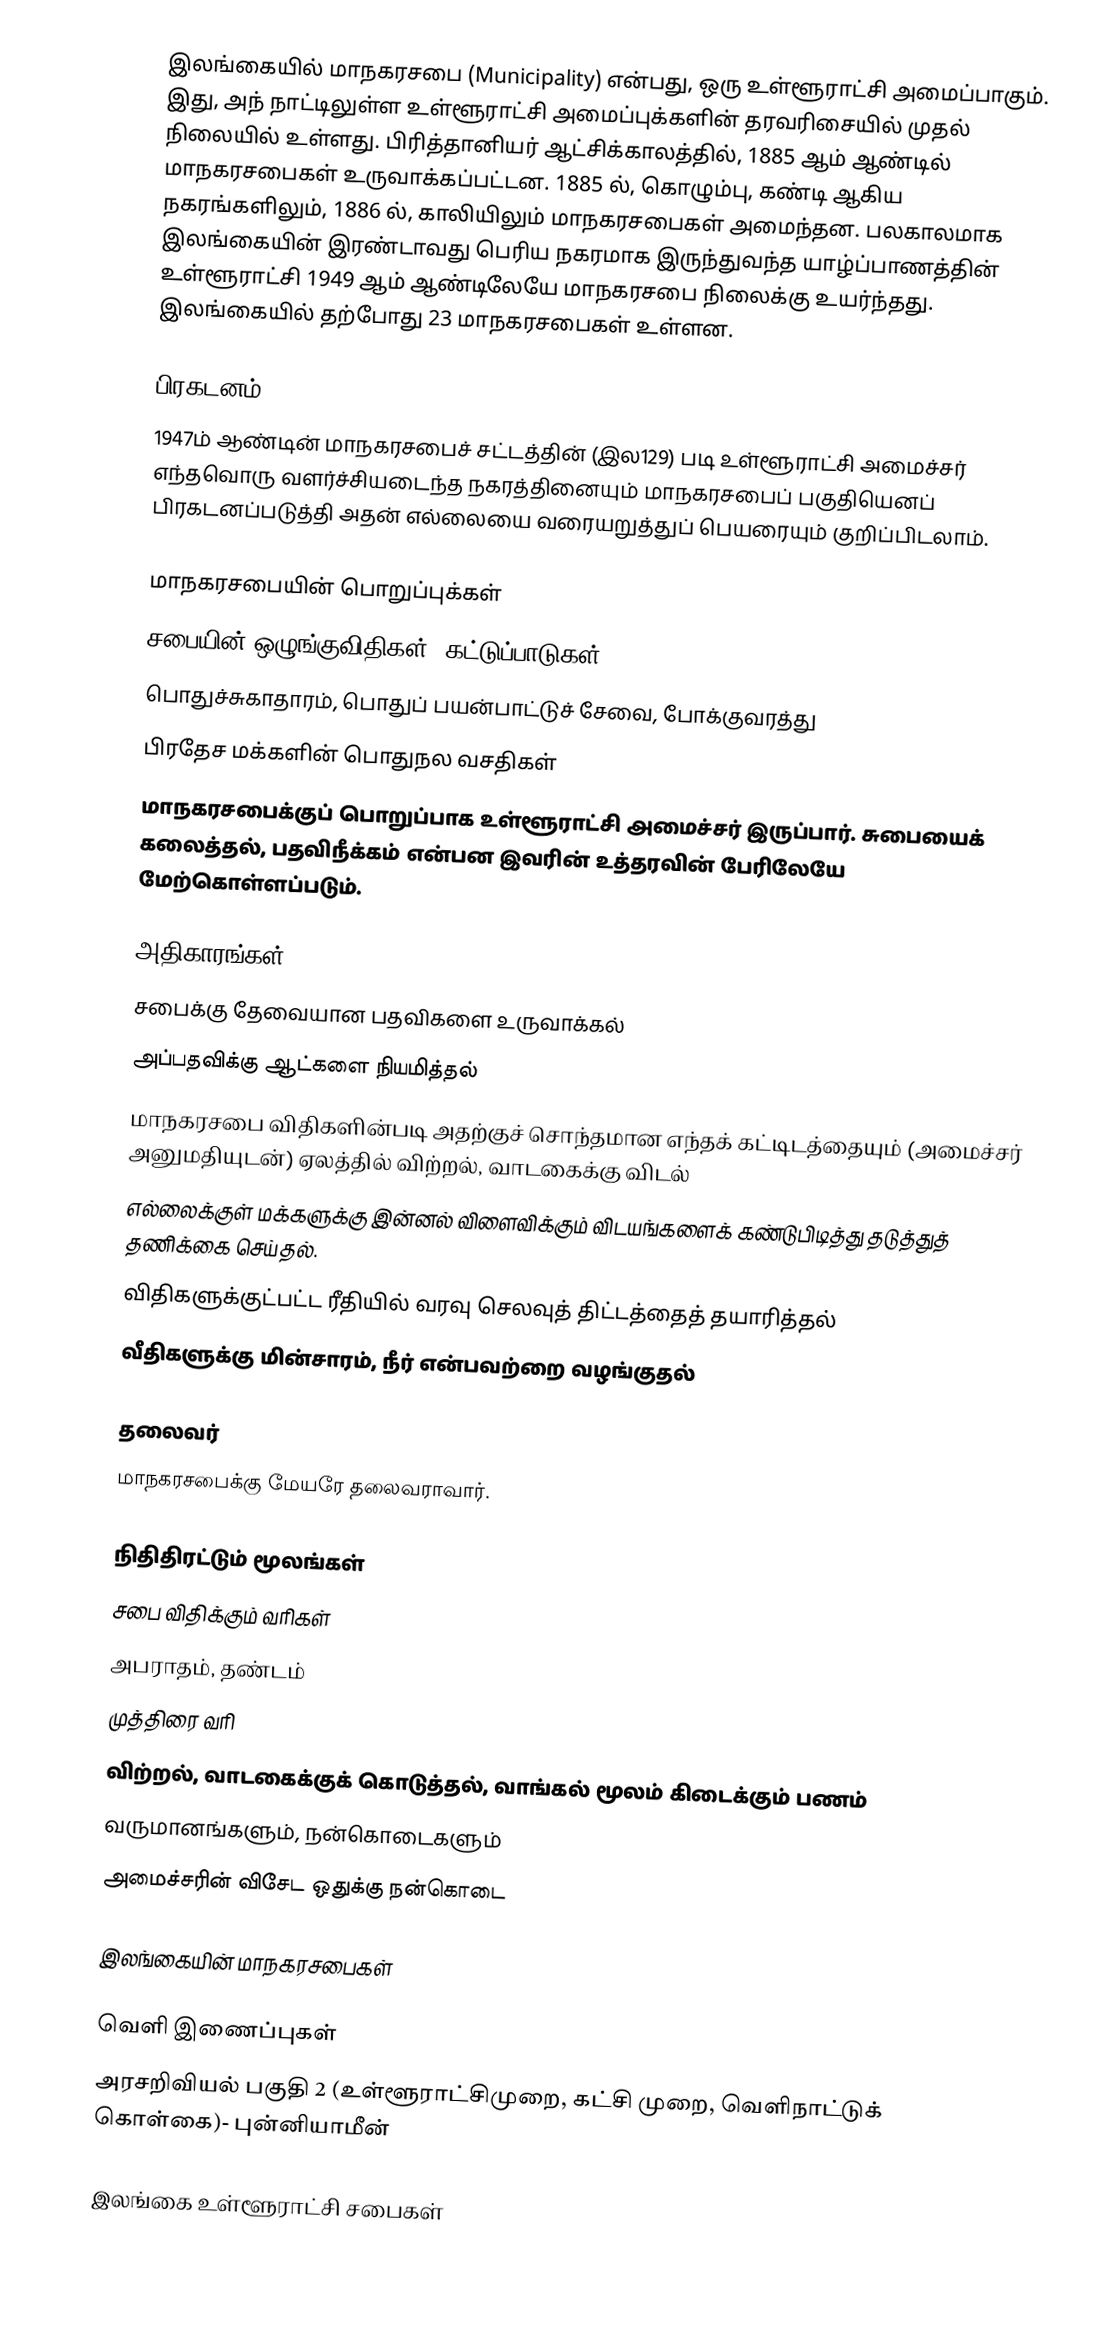
இலங்கையில் மாநகரசபை (Municipality) என்பது, ஒரு உள்ளூராட்சி அமைப்பாகும். இது, அந் நாட்டிலுள்ள உள்ளூராட்சி அமைப்புக்களின் தரவரிசையில் முதல் நிலையில் உள்ளது. பிரித்தானியர் ஆட்சிக்காலத்தில், 1885 ஆம் ஆண்டில் மாநகரசபைகள் உருவாக்கப்பட்டன. 1885 ல், கொழும்பு, கண்டி ஆகிய நகரங்களிலும், 1886 ல், காலியிலும் மாநகரசபைகள் அமைந்தன. பலகாலமாக இலங்கையின் இரண்டாவது பெரிய நகரமாக இருந்துவந்த யாழ்ப்பாணத்தின் உள்ளூராட்சி 1949 ஆம் ஆண்டிலேயே மாநகரசபை நிலைக்கு உயர்ந்தது. இலங்கையில் தற்போது 23 மாநகரசபைகள் உள்ளன.

பிரகடனம்
1947ம் ஆண்டின் மாநகரசபைச் சட்டத்தின் (இல129) படி உள்ளூராட்சி அமைச்சர் எந்தவொரு வளர்ச்சியடைந்த நகரத்தினையும் மாநகரசபைப் பகுதியெனப் பிரகடனப்படுத்தி அதன் எல்லையை வரையறுத்துப் பெயரையும் குறிப்பிடலாம்.

மாநகரசபையின் பொறுப்புக்கள்
  சபையின் ஒழுங்குவிதிகள், கட்டுப்பாடுகள்
  பொதுச்சுகாதாரம், பொதுப் பயன்பாட்டுச் சேவை, போக்குவரத்து
  பிரதேச மக்களின் பொதுநல வசதிகள்
மாநகரசபைக்குப் பொறுப்பாக உள்ளூராட்சி அமைச்சர் இருப்பார். சுபையைக் கலைத்தல், பதவிநீக்கம் என்பன இவரின் உத்தரவின் பேரிலேயே மேற்கொள்ளப்படும்.

அதிகாரங்கள்
  சபைக்கு தேவையான பதவிகளை உருவாக்கல்
  அப்பதவிக்கு ஆட்களை நியமித்தல்
  மாநகரசபை விதிகளின்படி அதற்குச் சொந்தமான எந்தக் கட்டிடத்தையும் (அமைச்சர் அனுமதியுடன்) ஏலத்தில் விற்றல், வாடகைக்கு விடல்
  எல்லைக்குள் மக்களுக்கு இன்னல் விளைவிக்கும் விடயங்களைக் கண்டுபிடித்து தடுத்துத் தணிக்கை செய்தல்.
  விதிகளுக்குட்பட்ட ரீதியில் வரவு செலவுத் திட்டத்தைத் தயாரித்தல்
  வீதிகளுக்கு மின்சாரம், நீர் என்பவற்றை வழங்குதல்

தலைவர்
மாநகரசபைக்கு மேயரே தலைவராவார்.

நிதிதிரட்டும் மூலங்கள்
  சபை விதிக்கும் வரிகள்
  அபராதம், தண்டம்
  முத்திரை வரி
  விற்றல், வாடகைக்குக் கொடுத்தல், வாங்கல் மூலம் கிடைக்கும் பணம்
  வருமானங்களும், நன்கொடைகளும்
  அமைச்சரின் விசேட ஒதுக்கு நன்கொடை

இலங்கையின் மாநகரசபைகள்

வெளி இணைப்புகள்
 அரசறிவியல் பகுதி 2 (உள்ளூராட்சிமுறை, கட்சி முறை, வெளிநாட்டுக் கொள்கை)- புன்னியாமீன்

இலங்கை உள்ளூராட்சி சபைகள்